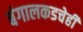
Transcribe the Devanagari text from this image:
बंगालकडचेही